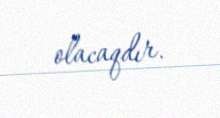
olacaqdır.